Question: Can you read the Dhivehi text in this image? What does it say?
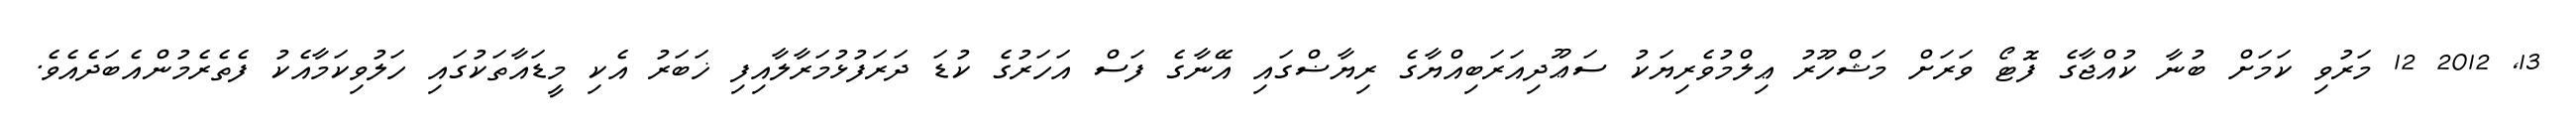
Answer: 13, 2012 12 މަރުވި ކަމަށް ބުނާ ކުއްޖާގެ ފޮޓޯ ވަރަށް މަޝްހޫރު ޢިލްމުވެރިޔަކު ސަޢޫދިއަރަބިއްޔާގެ ރިޔާޟްގައި އޭނާގެ ފަސް އަހަރުގެ ކުޑަ ދަރަފުޅުމަރާލާއިފި ޚަބަރު އެކި މީޑައާތަކުގައި ހަލުވިކަމާއެކު ފެތެރެމުންއެބަދެއެވެ.